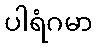
ပါရံဂမာ